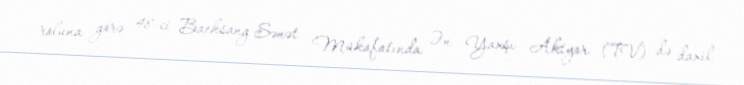
roluna görə 48-ci Baeksang Sənət Mükafatında Ən Yaxşı Aktyor (TV) də daxil